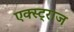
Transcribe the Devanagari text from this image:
एक्स्ट्राज